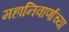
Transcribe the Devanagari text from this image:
महानिवार्णाच्या